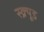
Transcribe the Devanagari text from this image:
स्क्र्यूड